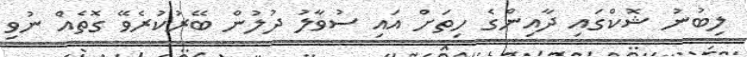
ލިބުނު ޝޮކްގައި ދާއިންގެ ހިތަށް އައި ސުވާލު ދުލުން ބޭރުކުރެވޭ ގޮތެއް ނުވި